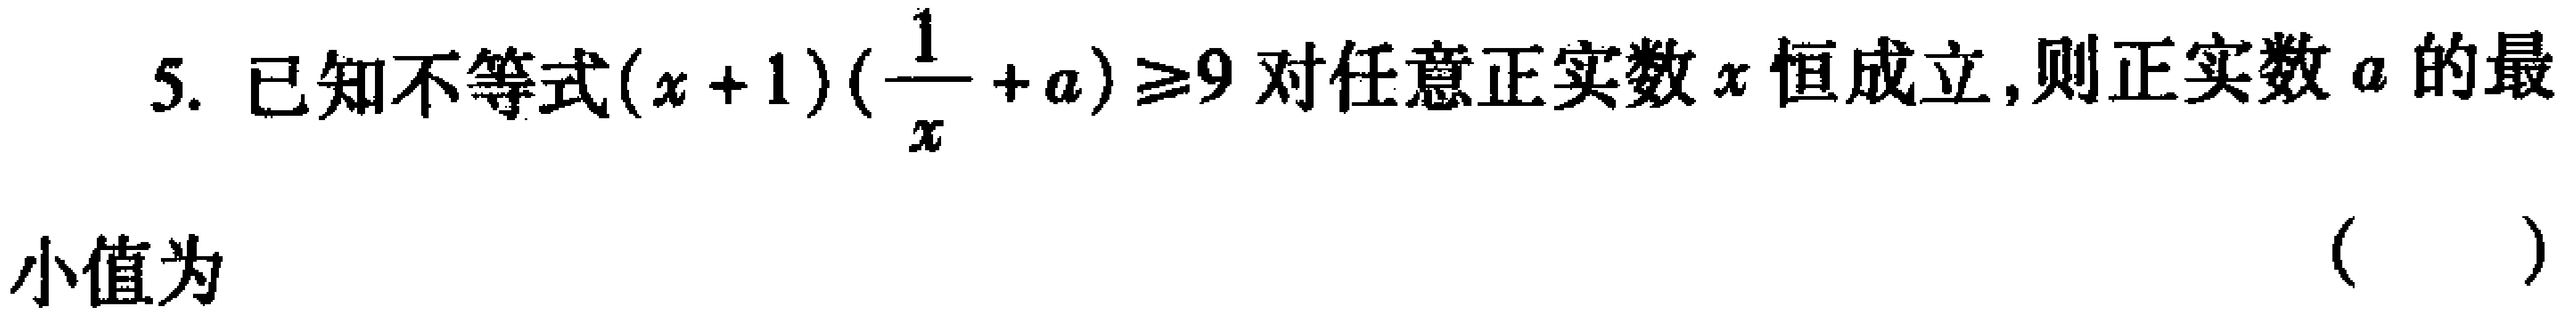
3. 因为\(\cos30^{\circ}=\frac{\sqrt{3}}{2},\cos210^{\circ}=-\frac{\sqrt{3}}{2}\),所以\(\cos210^{\circ}=\cos(180^{\circ}+30^{\circ})=-\cos30^{\circ}=-\frac{\sqrt{3}}{2}\),

因为\(\cos45^{\circ}=\frac{\sqrt{2}}{2},\cos225^{\circ}=-\frac{\sqrt{2}}{2}\),所以\(\cos225^{\circ}=\cos(180^{\circ}+45^{\circ})=-\frac{\sqrt{2}}{2}\),猜想:一般

地,当\(\alpha\)为锐角时，有 \(\cos(180^{\circ}+\alpha)=-\cos\alpha\)，由此可知 \(\cos240^{\circ}\)的值等于  。